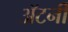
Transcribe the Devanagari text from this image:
अॅटर्नी